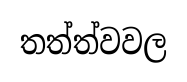
තත්ත්වවල